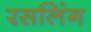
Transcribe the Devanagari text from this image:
रसलिंग